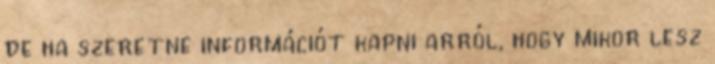
de ha szeretne információt kapni arról, hogy mikor lesz